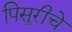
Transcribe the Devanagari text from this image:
पिसूरीचे